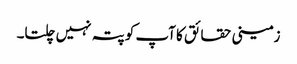
زمینی حقائق کا آپ کو پتہ نہیں چلتا۔